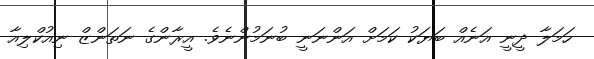
ހަމަލާ ދީނީ އަނެއް ބަޔަކު ކަމަށް އަންނަނީ ބުނަމުންނެވެ. އީރާންގެ ނަތަންޒް ނިއުކްލިއާ